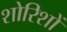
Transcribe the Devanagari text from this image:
शोरिशों